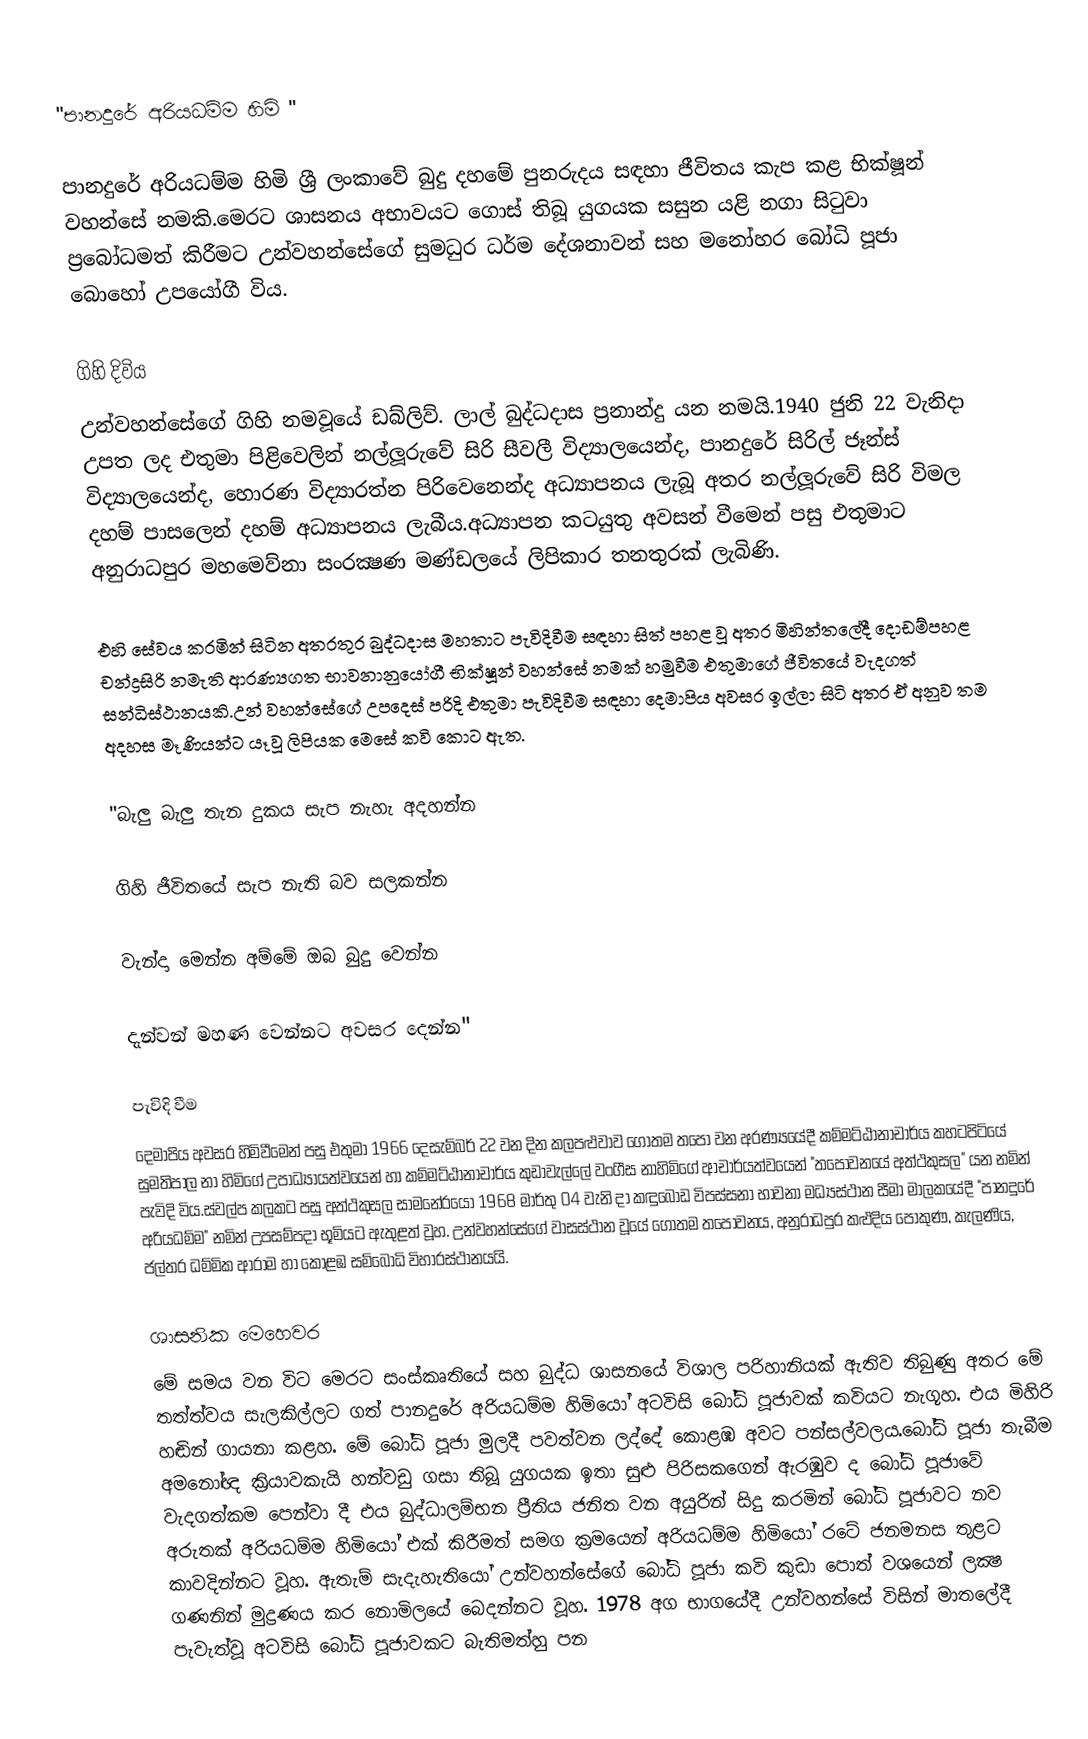
"පානදුරේ අරියධම්ම හිමි "

පානදුරේ අරියධම්ම හිමි ශ්‍රී ලංකාවේ බුදු දහමේ පුනරුදය සඳහා ජීවිතය කැප කළ භික්ෂූන් වහන්සේ නමකි.මෙරට ශාසනය අභාවයට ගොස් තිබූ යුගයක සසුන යළි නගා සිටුවා ප්‍රබෝධමත් කිරීමට උන්වහන්සේගේ  සුමධුර ධර්ම දේශනාවන් සහ මනෝහර බෝධි පූජා බොහෝ උපයෝගී විය.

ගිහි දිවිය
උන්වහන්සේගේ ගිහි නමවූයේ ඩබ්ලිව්. ලාල් බුද්ධදාස ප්‍රනාන්දු යන නමයි.1940 ජුනි 22 වැනිදා උපත ලද එතුමා පිළිවෙලින් නල්ලූරුවේ සිරි සීවලී විද්‍යාලයෙන්ද, පානදුරේ සිරිල් ජෑන්ස්‌ විද්‍යාලයෙන්ද, හොරණ විද්‍යාරත්න පිරිවෙනෙන්ද අධ්‍යාපනය ලැබූ අතර නල්ලූරුවේ සිරි විමල දහම් පාසලෙන් දහම් අධ්‍යාපනය ලැබීය.අධ්‍යාපන කටයුතු අවසන් වීමෙන් පසු එතුමාට අනුරාධපුර මහමෙව්නා සංරක්‍ෂණ මණ්‌ඩලයේ ලිපිකාර තනතුරක්‌ ලැබිණි.

එහි සේවය කරමින් සිටින අතරතුර බුද්ධදාස මහතාට පැවිදිවීම සඳහා සිත් පහළ වූ අතර මිහින්තලේදී දොඩම්පහළ චන්ද්‍රසිරි නමැති ආරණ්‍යගත භාවනානුයෝගී භික්ෂූන් වහන්සේ නමක් හමුවීම එතුමාගේ ජීවිතයේ වැදගත් සන්ධිස්ථානයකි.උන් වහන්සේගේ උපදෙස් පරිදි එතුමා පැවිදිවීම සඳහා දෙමාපිය අවසර ඉල්ලා සිටි අතර  ඒ අනුව තම අදහස මෑණියන්ට යෑවූ ලිපියක මෙසේ කවි කොට ඇත.

"බැලු බැලු තැන දුකය සැප නැහැ අදහන්න

ගිහි ජීවිතයේ සැප නැති බව සලකන්න

වැන්දා මෙන්න අම්මේ ඔබ බුදු වෙන්න

දැන්වන් මහණ වෙන්නට අවසර දෙන්න"

පැවිදි වීම
දෙමාපිය අවසර හිමිවීමෙන් පසු එතුමා 1966 දෙසැම්බර් 22 වන දින කලපළුවාව ගෝතම තපෝ වන අරණ්‍යයේදී කම්මට්‌ඨානාචාර්ය කහටපිටියේ සුමතිපාල නා හිමිගේ උපාධ්‍යායත්වයෙන් හා කම්මට්‌ඨානාචාර්ය කුඩාවැල්ලේ වංගීස නාහිමිගේ ආචාර්යත්වයෙන් "තපෝවනයේ අත්ථකුසල" යන නමින් පැවිදි විය.ස්‌වල්ප කලකට පසු අත්ථකුසල සාමනේරයෝ 1968 මාර්තු 04 වැනි දා කඳුබොඩ විපස්‌සනා භාවනා මධ්‍යස්‌ථාන සීමා මාලකයේදී "පානදුරේ අරියධම්ම" නමින් උපසම්පදා භූමියට ඇතුළත් වූහ. උන්වහන්සේගේ වාසස්‌ථාන වූයේ ගෝතම තපෝවනය, අනුරාධපුර කළුදිය පොකුණ, කැලණිය, ජල්තර ධම්මික ආරාම හා කොළඹ සම්බෝධි විහාරස්‌ථානයයි.

ශාසනික මෙහෙවර
මේ සමය වන විට මෙරට සංස්කෘතියේ සහ බුද්ධ ශාසනයේ විශාල පරිහානියක් ඇතිව තිබුණු අතර මේ තත්ත්වය සැලකිල්ලට ගත් පානදුරේ අරියධම්ම හිමියෝ අටවිසි බෝධි පූජාවක්‌ කවියට නැගූහ. එය මිහිරි හඬින් ගායනා කළහ. මේ බෝධි පූජා මුලදී පවත්වන ලද්දේ කොළඹ අවට පන්සල්වලය.බෝධි පූජා තැබීම අමනෝඥ ක්‍රියාවකැයි හන්වඩු ගසා තිබූ යුගයක ඉතා සුළු පිරිසකගෙන් ඇරඹුව ද බෝධි පූජාවේ වැදගත්කම පෙන්වා දී එය බුද්ධාලම්භන ප්‍රීතිය ජනිත වන අයුරින් සිදු කරමින් බෝධි පූජාවට නව අරුතක්‌ අරියධම්ම හිමියෝ එක්‌ කිරීමත් සමග ක්‍රමයෙන් අරියධම්ම හිමියෝ රටේ ජනමනස තුළට කාවදින්නට වූහ. ඇතැම් සැදැහැතියෝ උන්වහන්සේගේ බෝධි පූජා කවි කුඩා පොත් වශයෙන් ලක්‍ෂ ගණනින් මුද්‍රණය කර නොමිලයේ බෙදන්නට වූහ. 1978 අග භාගයේදී උන්වහන්සේ විසින් මාතලේදී පැවැත්වූ අටවිසි බෝධි පූජාවකට බැතිමත්හු පන